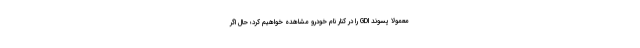
معمولا پسوند GDI را در کنار نام خودرو مشاهده خواهیم کرد؛ حال اگر